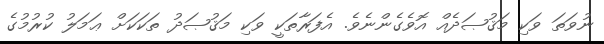
ނުވަތަ ވަކި މަޤުޞަދެއް އޮވެގެންނެވެ. އެފަރާތަކީ ވަކި މަޤުޞަދު ތަކަކަށް ޢަމަލު ކުރުމުގެ